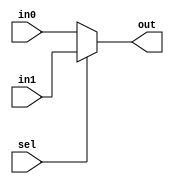
module MUX2x1(
				out,
				sel,
				in0,
				in1
);

	parameter width = 8;
	
	output	wire	[width - 1 : 0]	out;
	input	wire					sel;
	input	wire	[width - 1 : 0]	in0;
	input	wire	[width - 1 : 0]	in1;
	
	assign	out	=	(sel == 2'h0)	?	in0	:	in1;
	
endmodule